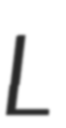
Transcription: L